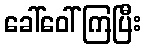
ခေါ်ဝေါ်ကြပြီး